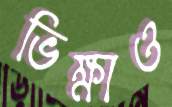
ভিক্ষাও